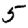
Digit: 5